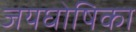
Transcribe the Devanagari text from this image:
जयघोषिका